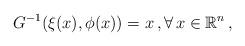
LaTeX: \begin{align*} G^{-1}(\xi(x), \phi(x)) = x\,, \forall\,x \in \mathbb{R}^n\,, \end{align*}